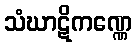
သံဃာဋိကဏ္ဏေ